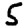
Digit: 5